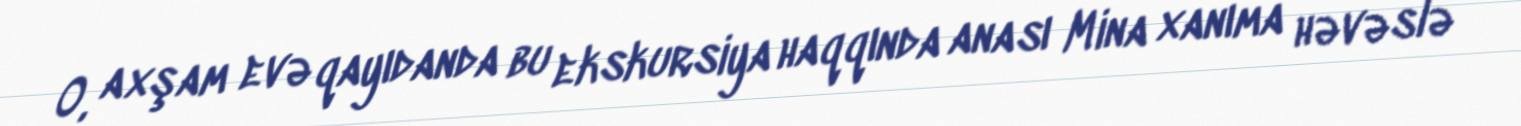
O, axşam evə qayıdanda bu ekskursiya haqqında anası Mina xanıma həvəslə